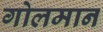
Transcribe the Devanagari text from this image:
गोलमान